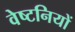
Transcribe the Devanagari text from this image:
वेष्टनियों